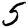
Digit: 5